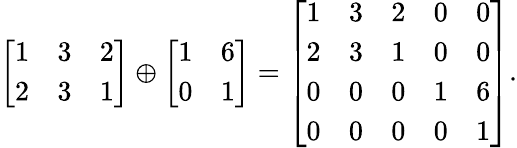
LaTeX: {\left[\begin{array}{lll}{1}&{3}&{2}\\ {2}&{3}&{1}\end{array}\right]}\oplus{\left[\begin{array}{ll}{1}&{6}\\ {0}&{1}\end{array}\right]}={\left[\begin{array}{lllll}{1}&{3}&{2}&{0}&{0}\\ {2}&{3}&{1}&{0}&{0}\\ {0}&{0}&{0}&{1}&{6}\\ {0}&{0}&{0}&{0}&{1}\end{array}\right]}.